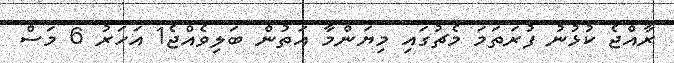
ރާއްޖެ ކުޅުނު ފުރަތަމަ މެޗުގައި މިޔަންމާ އަތުން ބަލިވެއްޖެ1 އަހަރު 6 މަސް